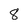
Character: 8